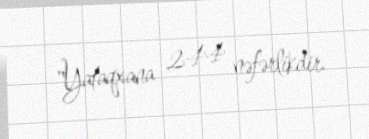
"Yataqxana 244 nəfərlikdir.